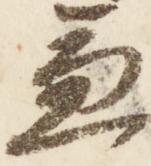
兼